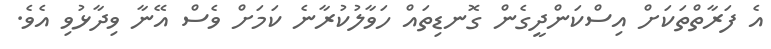
އެ ފަރާތްތަކަށް އިސްކަންދީގެން ގޮނޑިތައް ހަވާލުކުރާނެ ކަމަށް ވެސް އޭނާ ވިދާޅުވި އެވެ.